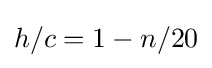
h/c=1-n/20